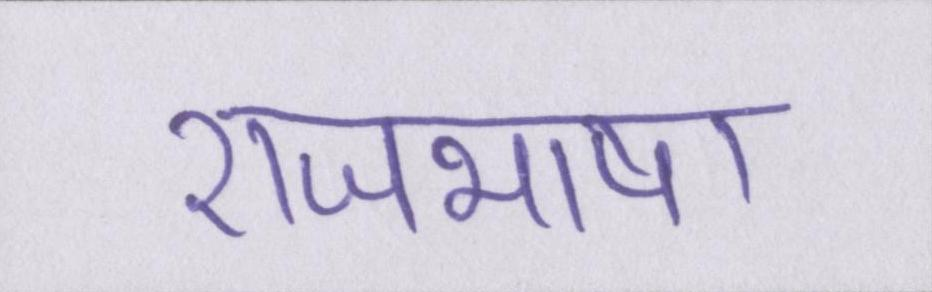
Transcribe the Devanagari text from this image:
राजभाषा